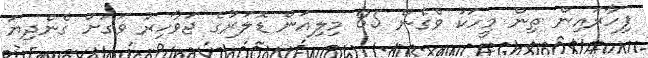
ފިހާރައިން ތިން މީހަކު ވެގެން 85 މިލިއަން ޑޮލަރުގެ ޖަވާހިރު ވަގަށް ގެންދިޔަ